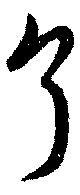
了